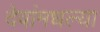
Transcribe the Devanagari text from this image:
देवांमधल्या